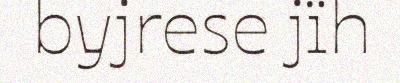
byjrese jïh